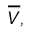
{ \overline { { V } } } ,